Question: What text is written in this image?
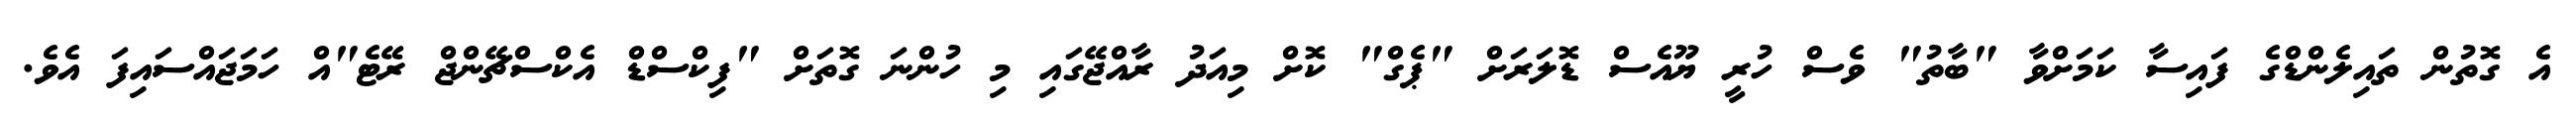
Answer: އެ ގޮތުން ތައިލެންޑްގެ ފައިސާ ކަމަށްވާ "ބާތު" ވެސް ހުރީ ޔޫއެސް ޑޮލަރަށް "ޕެގް" ކޮށް މިއަދު ރާއްޖޭގައި މި ހުންނަ ގޮތަށް "ފިކްސްޑް އެކްސްޗޭންޖް ރޭޓެ"އް ހަމަޖައްސައިފަ އެވެ.